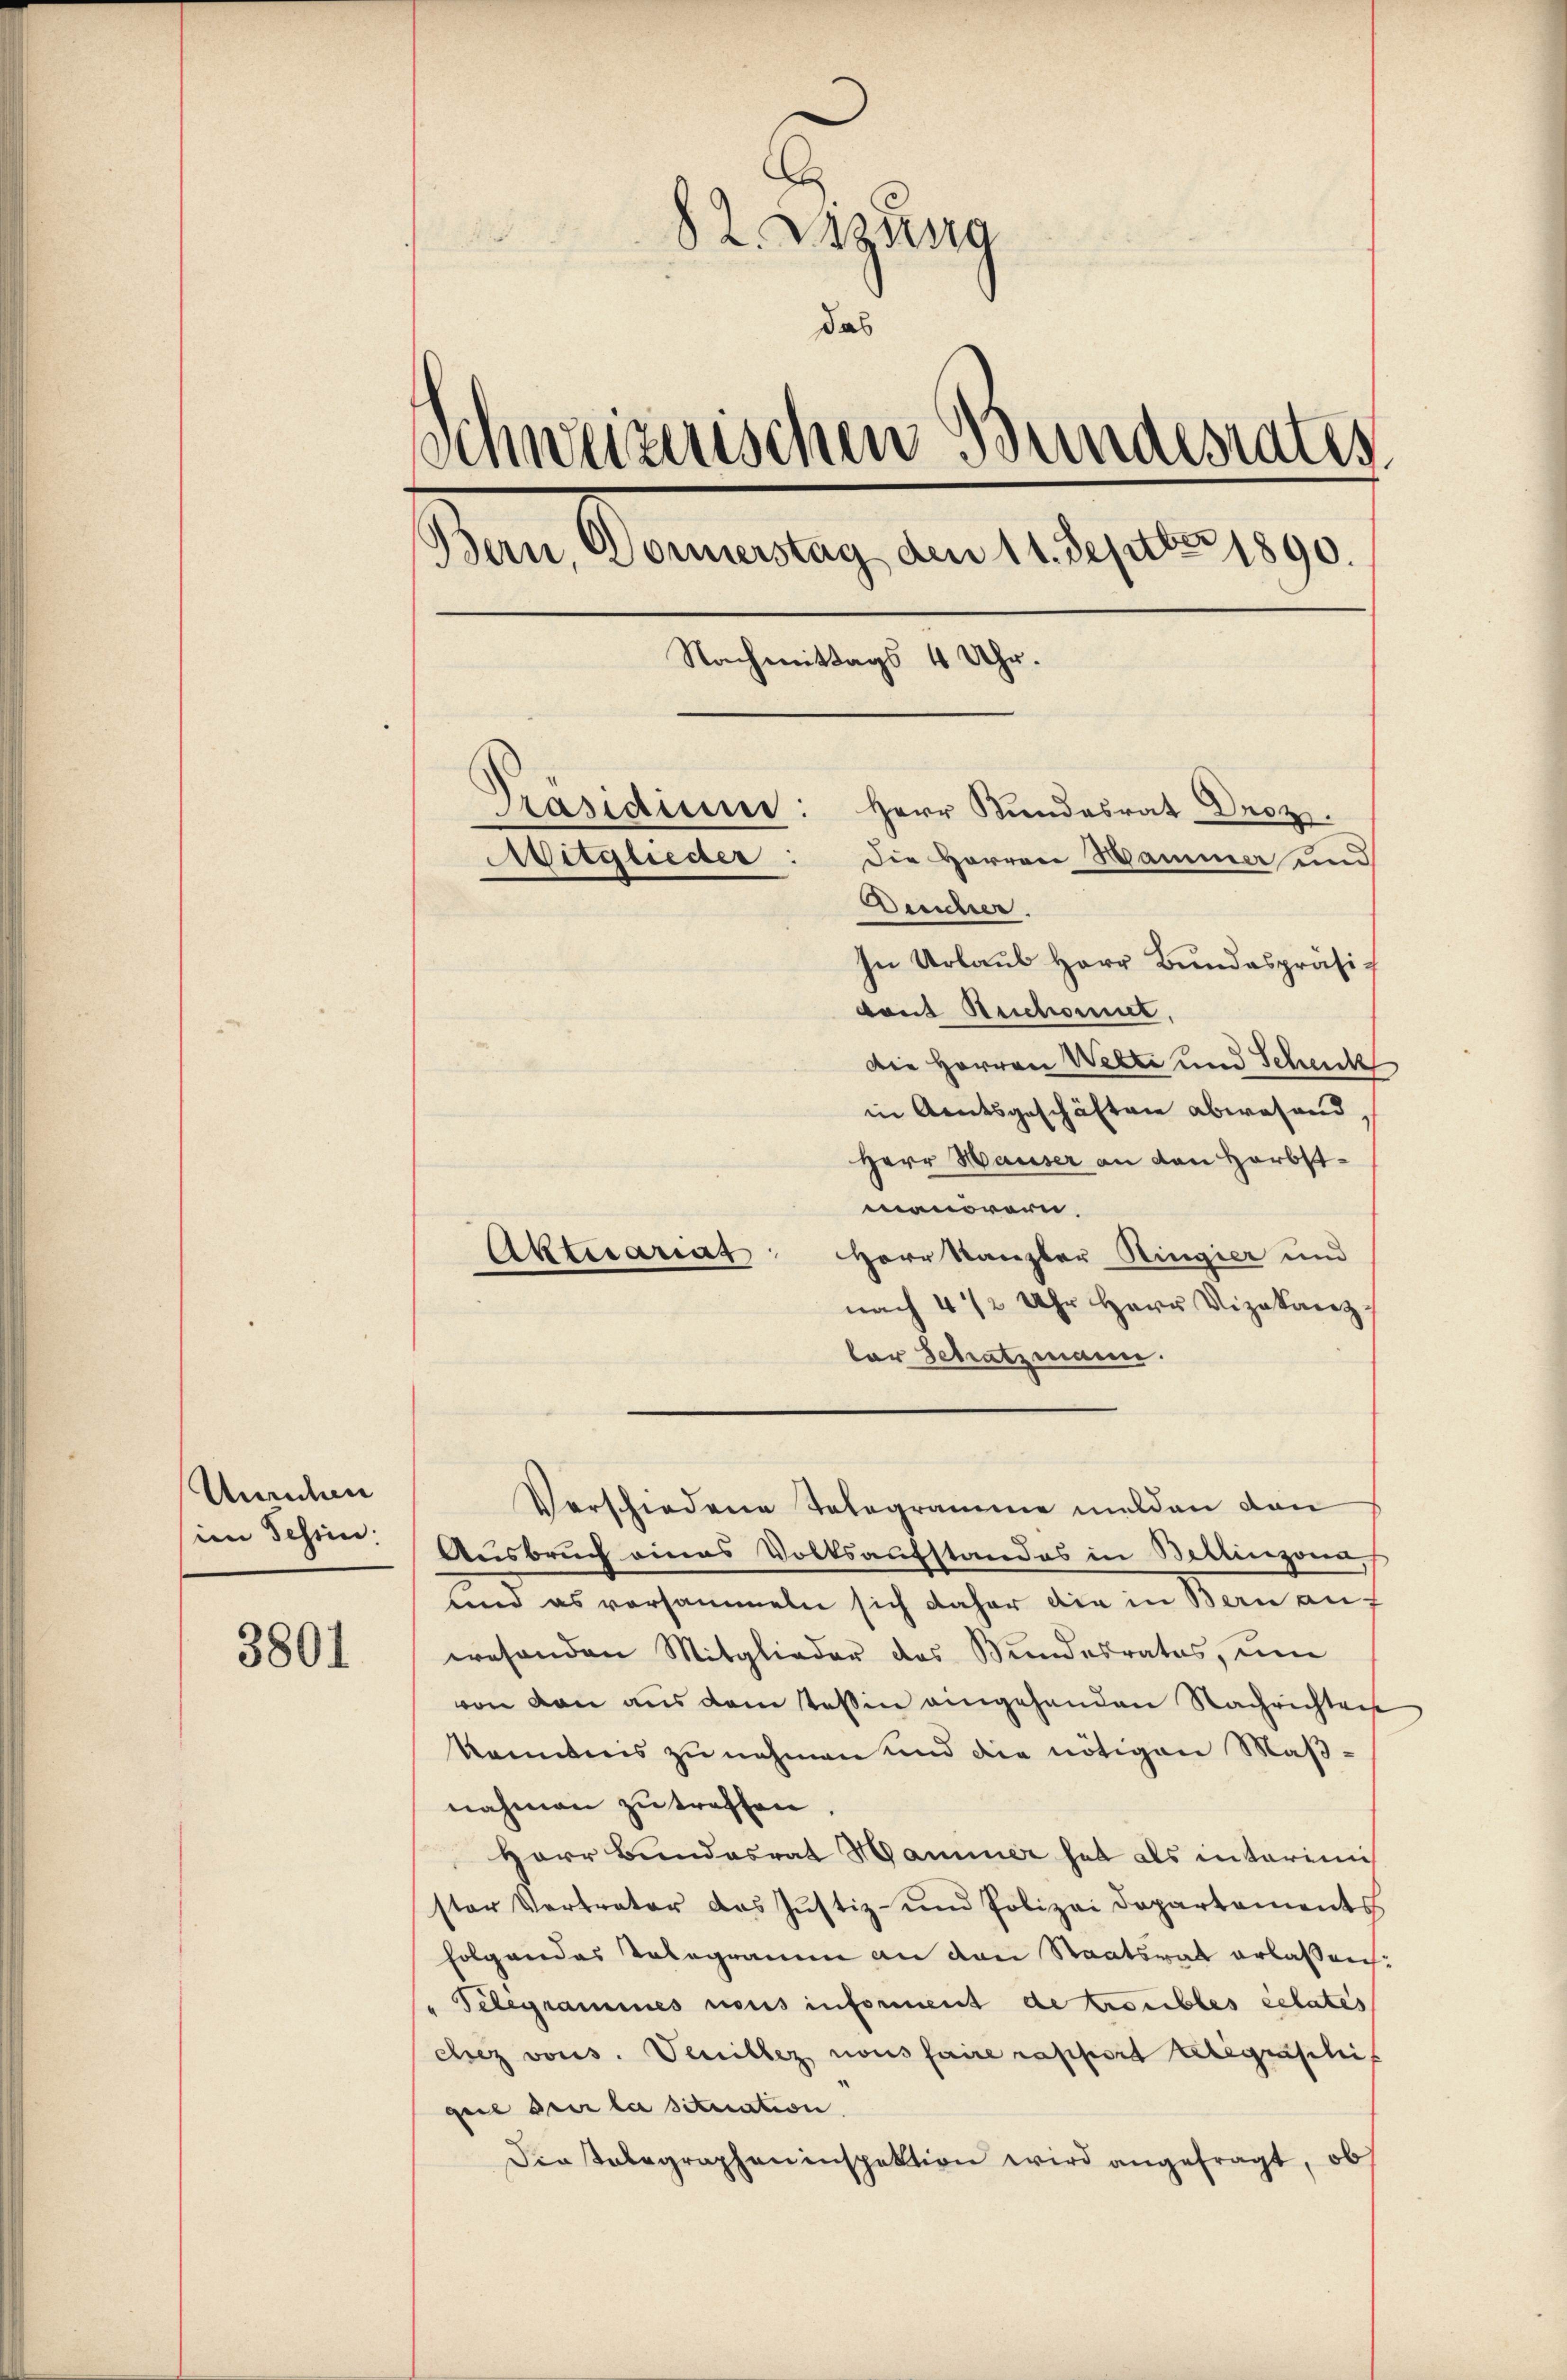
Unrechen
im Schein:

3801

82 Susa
das
Schweizerischen Bundesrates
Bern, Donnerstag den 11. Septbr 1890.
Nachmittags 4 Uhr.
Präsidium: Herr Kundesrat Droz.
Aitglieder: die Herren Hammer und
Deucher
In Urlaub Herr Bundespräsi¬

dant Rechant,
Die Herren Welti und Schenck
in Amtsgeschäften abwesend,
Herr Hauser an von Herbstmanorern,
Herr Kanzler Ringier und
nach 4 1/2 Uhr Herr Vizekanz
lar Schatzmann.
Verschiedene Telegramme melden den
Ausbruch eines Volksaufstandes in Bellinzona,
und es vorsammeln sich daher die in Bern auf
wesenden Mitglieder des Bundesrates, um
von von aus dem Tessin eingehenden Nachrichten
känntnis zu nehmen und die nötigen Maßnahmen zu treffen
Herr Bundesrat Hammer hat als interimis
ster Vertreter das Justiz- und Polizei Departements
folgendes Telegramm an den Staatsrat erlassen:
Telegrammes nous informent de troubles celates
chez vons. Venillez nous faire rapport telegraschi
geil der la situation.
Die tabegrapheninspektion wird angefragt, ob

Aktuariat